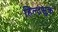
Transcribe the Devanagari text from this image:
हिल्टसुक